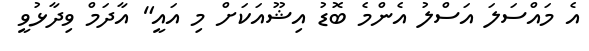
އެ މައްސަލަ އަސްލު އެންމެ ބޮޑު އިޝޫއަކަށް މި އައީ" އާދަމް ވިދާޅުވީ